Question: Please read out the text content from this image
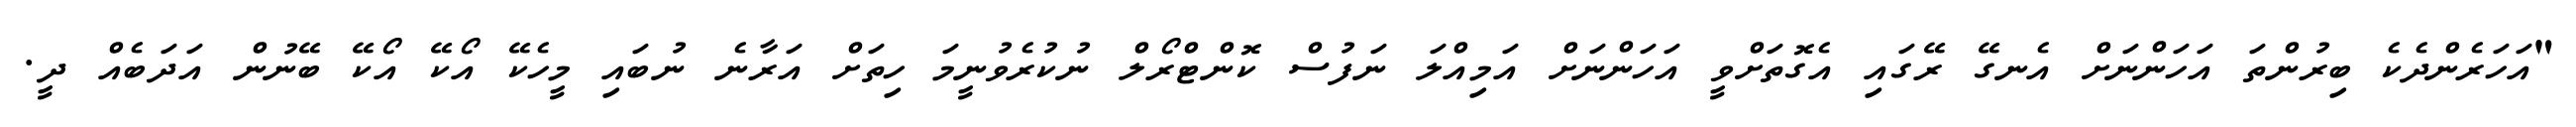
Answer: "އަހަރެންދެކެ ބިރުންތަ އަހަންނަށް އެނގޭ ރޭގައި އެގޮތަށްވީ އަހަންނަށް އަމިއްލަ ނަފުސް ކޮންޓްރޯލް ނުކުރެވުނީމަ ހިތަށް އަރާނެ ނުބައި މީހެކޭ އޯކޭ އޯކޭ ބޭނުން އަދަބެއް ދީ.